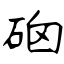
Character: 硇